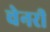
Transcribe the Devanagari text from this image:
चेनरी